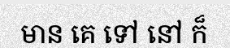
មាន គេ ទៅ នៅ ក៏